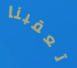
تعقبنا